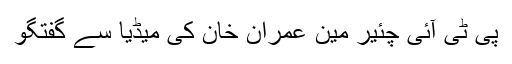
پی ٹی آئی چئیر مین عمران خان کی میڈیا سے گفتگو